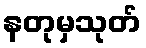
နတုမှသုတ်